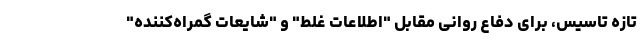
تازه تاسیس، برای دفاع روانی مقابل "اطلاعات غلط" و "شایعات گمراه‌کننده"